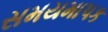
સમયમાપક